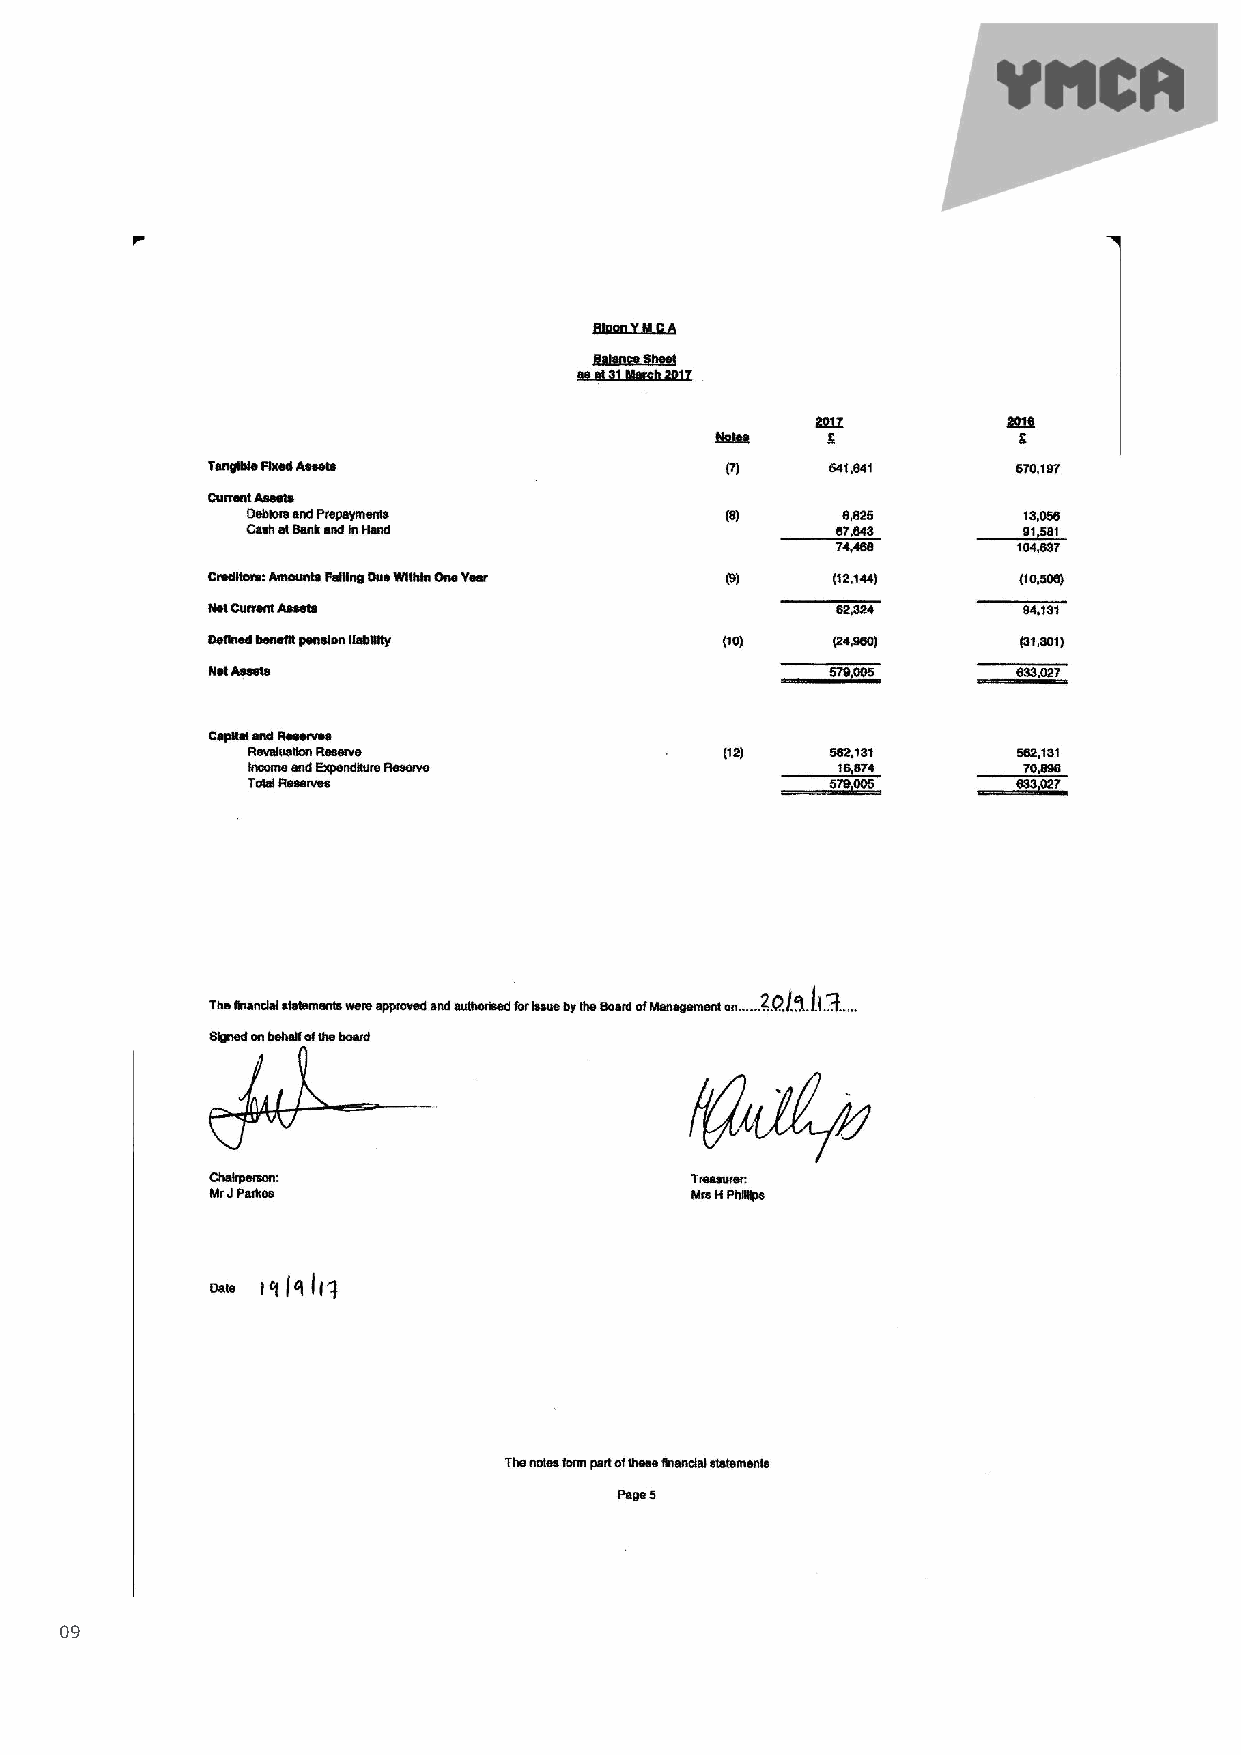
09